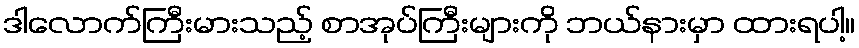
ဒါလောက်ကြီးမားသည့် စာအုပ်ကြီးများကို ဘယ်နားမှာ ထားရပါ့။